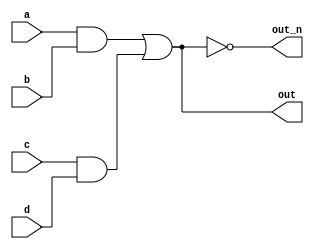
`default_nettype none
module top_module(
    input wire a,
    input wire b,
    input wire c,
    input wire d,
    output wire out,
    output wire out_n   ); 
    
    wire end_o1, end_o2, or_o;
    
    assign end_o1 = a & b;
    assign end_o2 = c & d;
    assign out = end_o1 | end_o2;
    assign out_n = ~(end_o1 | end_o2);

endmodule